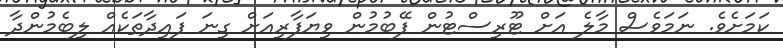
ކަމަށެވެ. ނަމަވެސް މާލެ އަށް ޓޫރިސްޓުން ފޭބުމުން ވިޔަފާރިއަށް ގިނަ ފައިދާތަކެއް ލިބެމުންދާ